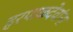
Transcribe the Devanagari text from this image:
हरपाळदेवांना